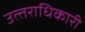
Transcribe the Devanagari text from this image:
उत्‍तराधिकारी